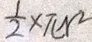
\frac { 1 } { 2 } \times \pi N ^ { 2 }